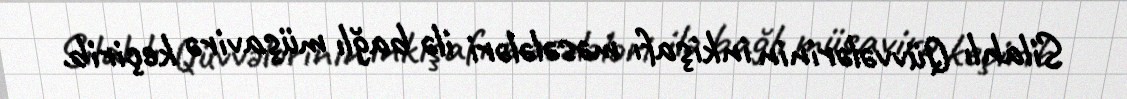
Silahlı Qüvvələrinin inkişafı məsələləri ilə bağlı müşavirə keçirib.